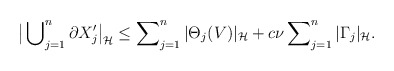
\begin{align*}\big|\bigcup\nolimits^{n}_{j=1} \partial X_j'\big|_{\cal H}& \le \sum\nolimits^{n}_{j=1} |\Theta_j(V)|_{\cal H} + c\nu\sum\nolimits^n_{j=1} |\Gamma_j|_{\cal H}.\end{align*}